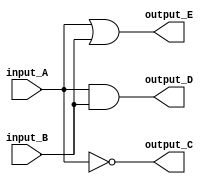
module verilog_code (input_A, input_B, output_C, output_D, output_E);
	input input_A;
	input input_B;
	output output_C;
	output output_D;
	output output_E;
	
	assign output_C = ~input_A;
	assign output_D = input_A & input_B;
	assign output_E = input_A | input_B;
endmodule